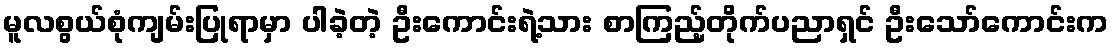
မူလစွယ်စုံကျမ်းပြုရာမှာ ပါခဲ့တဲ့ ဦးကောင်းရဲ့သား စာကြည့်တိုက်ပညာရှင် ဦးသော်ကောင်းက